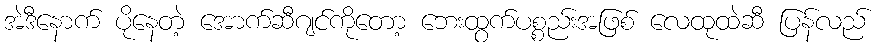
အဲဒီနောက် ပိုနေတဲ့ အောက်ဆီဂျင်ကိုတော့ ဘေးထွက်ပစ္စည်းအဖြစ် လေထုထဲဆီ ပြန်လည်